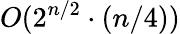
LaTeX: O(2^{n/2}\cdot(n/4))